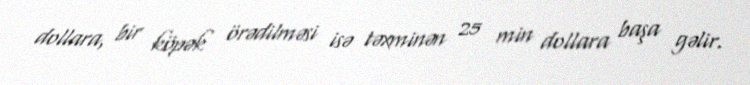
dollara, bir köpək örədilməsi isə təxminən 25 min dollara başa gəlir.